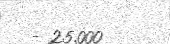
- 25